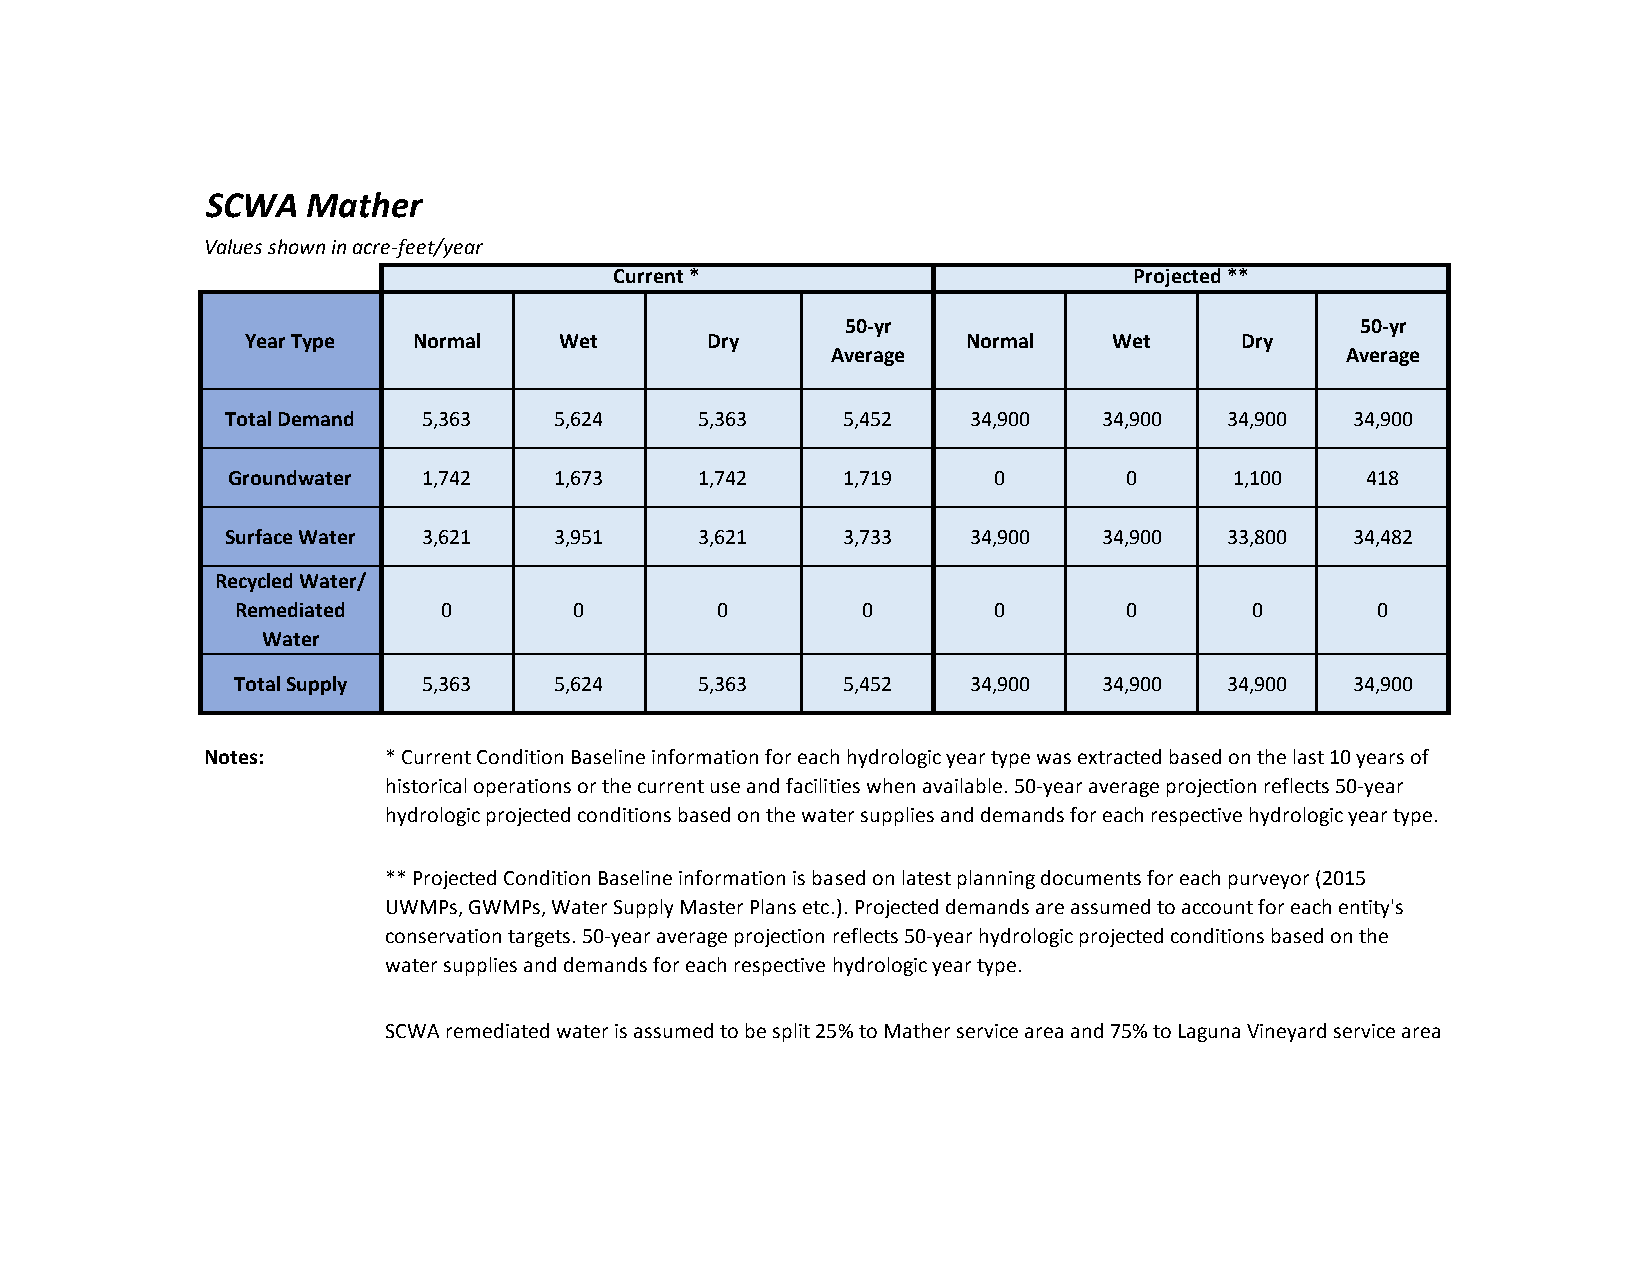
SCWA  Mather
 Values shown in acre-feet/year
 Current *                         Projected **
 50-yr                             50-yr
 Year Type  Normal    Wet       Dry              Normal    Wet     Dry
 Average                           Average
 Total Demand 5,363    5,624    5,363     5,452   34,900   34,900  34,900   34,900
 Groundwater  1,742    1,673    1,742     1,719     0       0       1,100   418
 Surface Water 3,621   3,951    3,621     3,733   34,900   34,900  33,800   34,482
 Recycled Water/
 Remediated   0        0        0         0        0       0        0       0
 Water
 Total Supply 5,363    5,624    5,363     5,452   34,900   34,900  34,900   34,900
 Notes:     * Current Condition Baseline information for each hydrologic year type was extracted based on the last 10 years of
 historical operations or the current use and facilities when available. 50-year average projection reflects 50-year
 hydrologic projected conditions based on the water supplies and demands for each respective hydrologic year type.
 ** Projected Condition Baseline information is based on latest planning documents for each purveyor (2015
 UWMPs, GWMPs, Water Supply Master Plans etc.). Projected demands are assumed to account for each entity's
 conservation targets. 50-year average projection reflects 50-year hydrologic projected conditions based on the
 water supplies and demands for each respective hydrologic year type.
 SCWA remediated water is assumed to be split 25% to Mather service area and 75% to Laguna Vineyard service area